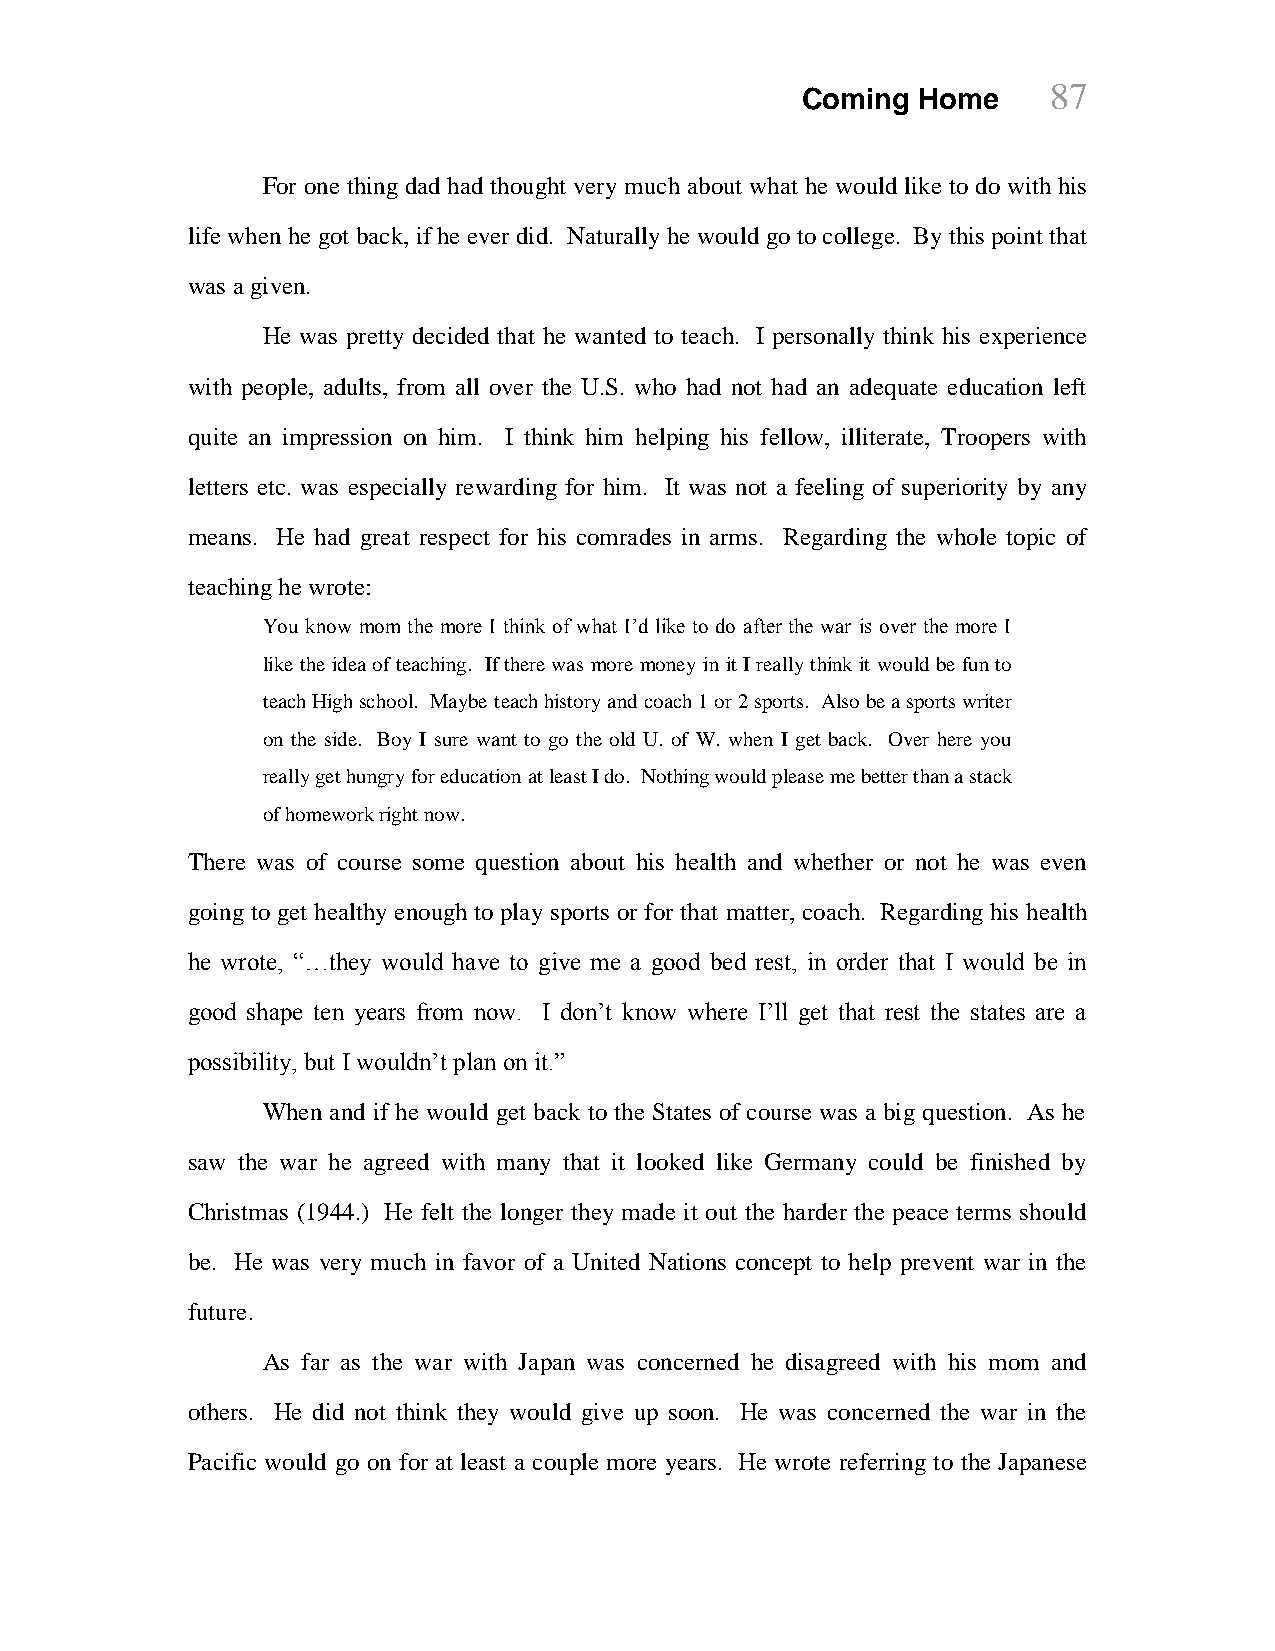
87
 Coming  Home
 For one thing dad had thought very much about what he would like to do with his
 life when he got back, if he ever did. Naturally he would go to college. By this point that
 was a given.
 He was pretty decided that he wanted to teach. I personally think his experience
 with people, adults, from all over the U.S. who had not had an adequate education left
 quite an impression on him. I think him helping his fellow, illiterate, Troopers with
 letters etc. was especially rewarding for him. It was not a feeling of superiority by any
 means. He had great respect for his comrades in arms. Regarding the whole topic of
 teaching he wrote:
 You know mom the more I think of what I’d like to do after the war is over the more I
 like the idea of teaching. If there was more money in it I really think it would be fun to
 teach High school. Maybe teach history and coach 1 or 2 sports. Also be a sports writer
 on the side. Boy I sure want to go the old U. of W. when I get back. Over here you
 really get hungry for education at least I do. Nothing would please me better than a stack
 of homework right now.
 There was of course some question about his health and whether or not he was even
 going to get healthy enough to play sports or for that matter, coach. Regarding his health
 he wrote, “…they would have to give me a good bed rest, in order that I would be in
 good shape ten years from now. I don’t know where I’ll get that rest the states are a
 possibility, but I wouldn’t plan on it.”
 When and if he would get back to the States of course was a big question. As he
 saw the war he agreed with many that it looked like Germany could be finished by
 Christmas (1944.) He felt the longer they made it out the harder the peace terms should
 be. He was very much in favor of a United Nations concept to help prevent war in the
 future.
 As far as the war with Japan was concerned he disagreed with his mom and
 others. He did not think they would give up soon. He was concerned the war in the
 Pacific would go on for at least a couple more years. He wrote referring to the Japanese